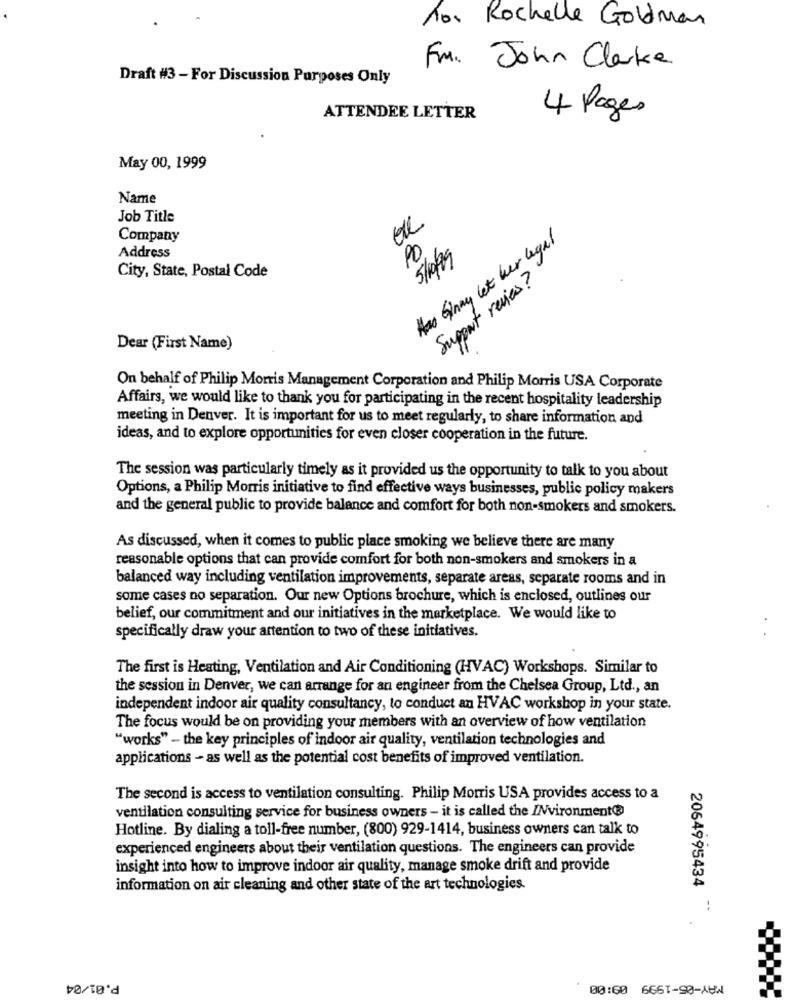
10. Rochelle Goldman
Fm. John Clarke
Draft #3 - For Discussion Purposes Only
4 Pages
ATTENDEE LETTER
May 00, 1999
Name
Job Title
Company
Has Ginay let her legal
Address
PO
5/10/99
Support review?
City, State, Postal Code
Dear (First Name)
On behalf of Philip Morris Management Corporation and Philip Morris USA Corporate
Affairs, we would like to thank you for participating in the recent hospitality leadership
meeting in Denver. It is important for us to meet regularly, to share information and
ideas, and to explore opportunities for even closer cooperation in the future.
The session was particularly timely as it provided us the opportunity to talk to you about
Options, a Philip Morris initiative to find effective ways businesses, public policy makers
and the general public to provide balance and comfort for both non-smokers and smokers.
As discussed, when it comes to public place smoking we believe there are many
reasonable options that can provide comfort for both non-smokers and smokers in a
balanced way including ventilation improvements, separate areas, separate rooms and in
some cases no separation. Our new Options brochure, which is enclosed, outlines our
belief, our commitment and our initiatives in the marketplace. We would like to
specifically draw your attention to two of these initiatives.
The first is Heating, Ventilation and Air Conditioning (HVAC) Workshops. Similar to
the session in Denver, we can arrange for an engineer from the Chelsea Group, Ltd ., an
independent indoor air quality consultancy, to conduct an HVAC workshop in your state.
The focus would be on providing your members with an overview of how ventilation
"works" - the key principles of indoor air quality, ventilation technologies and
applications - as well as the potential cost benefits of improved ventilation.
The second is access to ventilation consulting. Philip Morris USA provides access to a
ventilation consulting service for business owners - it is called the /Nvironment@
Hotline. By dialing a toll-free number, (800) 929-1414, business owners can talk to
experienced engineers about their ventilation questions. The engineers can provide
insight into how to improve indoor air quality, manage smoke drift and provide
2064995434
information on air cleaning and other state of the art technologies.
P.01/04
MAY-05-1999 09:00